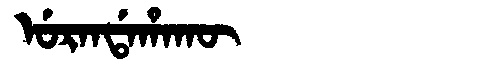
Manchu: ᡠᡵᠠᠨᡩᠠᡥᠠᡴᡡ
Romanization: URANDAHAKŪ